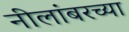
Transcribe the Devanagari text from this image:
नीलांबरच्या